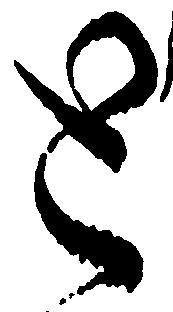
と